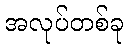
အလုပ်တစ်ခု